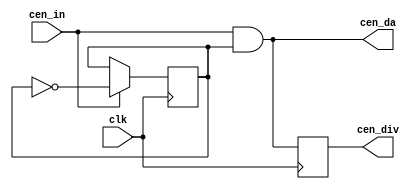
// This program was cloned from: https://github.com/atrac17/Toaplan2
// License: GNU General Public License v3.0

/*  This file is part of JTFRAME.
    JTFRAME program is free software: you can redistribute it and/or modify
    it under the terms of the GNU General Public License as published by
    the Free Software Foundation, either version 3 of the License, or
    (at your option) any later version.

    JTFRAME program is distributed in the hope that it will be useful,
    but WITHOUT ANY WARRANTY; without even the implied warranty of
    MERCHANTABILITY or FITNESS FOR A PARTICULAR PURPOSE.  See the
    GNU General Public License for more details.

    You should have received a copy of the GNU General Public License
    along with JTFRAME.  If not, see <http://www.gnu.org/licenses/>.

    Author: Jose Tejada Gomez. Twitter: @topapate
    Version: 1.0
    Date: 15-4-2021 */

// Divides a clock enable signal frequency by two

module jtframe_cendiv(
    input      clk,
    input      cen_in,
    output reg cen_div, // Divided but not alligned with the original
    output     cen_da   // Divided and alligned
);

reg d = 0;

assign cen_da = cen_in & d;

always @(posedge clk) begin
    if( cen_in ) d<=~d;
    cen_div <= cen_da;
end


endmodule